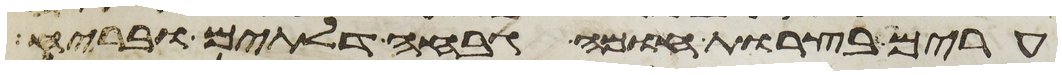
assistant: ערים בצרות חומה גבחה דלתים ובריח